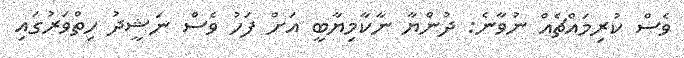
ވެސް ކުރިމައްޗެއް ނުވާނެ: ދުންޔާ ނާކާމިޔާބީ އަށް ފަހު ވެސް ނަޝީދު ހިތްވަރުގައި